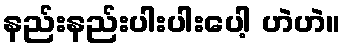
နည်းနည်းပါးပါးပေါ့ ဟဲဟဲ။